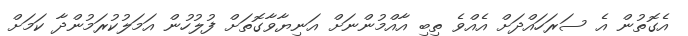
އެގޮތުން އެ ސަރަހައްދަށް އެއްވެ ތިބި އާއްމުންނަށް އަނިޔާވާގޮތަށް ފުލުހުން އަމަލުކުރަމުންދާ ކަމަށް